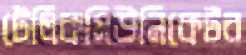
টেলিকমিউনিকেটর